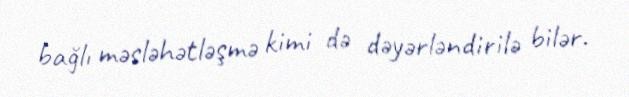
bağlı məsləhətləşmə kimi də dəyərləndirilə bilər.